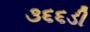
૩૬૬ડી